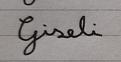
Signature authenticity: forged